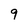
Character: 9